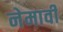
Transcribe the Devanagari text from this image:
नेमावी